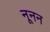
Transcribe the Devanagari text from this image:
नूनन